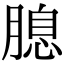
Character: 𦞜